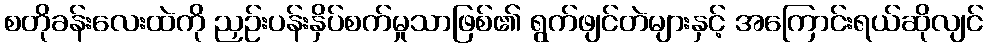
စတိုခန်းလေးထဲကို ညှဉ်းပန်းနှိပ်စက်မှုသာဖြစ်၏ ရွက်ဖျင်တဲများနှင့် အကြောင်းရယ်ဆိုလျင်